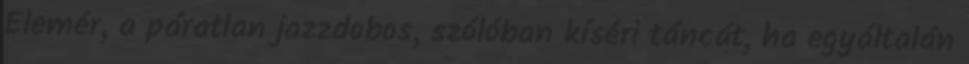
Elemér, a páratlan jazzdobos, szólóban kíséri táncát, ha egyáltalán